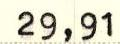
29,91